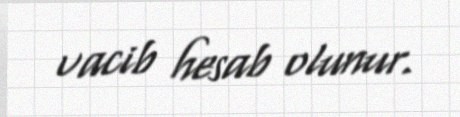
vacib hesab olunur.